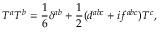
T ^ { a } T ^ { b } = { \frac { 1 } { 6 } } \delta ^ { a b } + { \frac { 1 } { 2 } } ( d ^ { a b c } + i f ^ { a b c } ) T ^ { c } ,